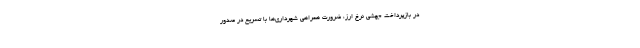
در بازپرداخت جهشی نرخ ارز، ضرورت همراهی شهرداری‌ها با تسریع در صدور